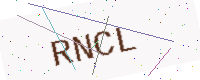
Text: RNCL